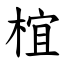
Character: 椬